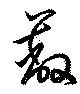
蔽